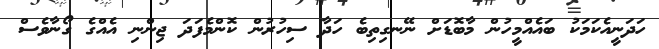
ހަދަނީއެކަމަކު ބައެއްމީހުން މާބޮޑަށް ނޭނގިތިބެ ހަދާ ސިހުރުން ކޮންމެފަދަ ޖިންނި އެއްގެ ގޯނާވެސް